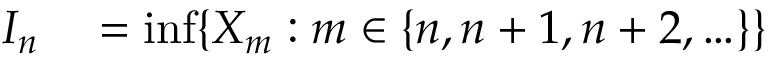
\begin{array} { r l } { I _ { n } } & { { } = \operatorname* { i n f } \{ X _ { m } : m \in \{ n , n + 1 , n + 2 , \ldots \} \} } \end{array}